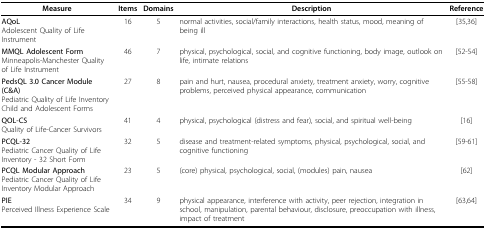
<table><thead><tr><td><b>Measure</b></td><td><b>Items</b></td><td><b>Domains</b></td><td><b>Description</b></td><td><b>Reference</b></td></tr></thead><tbody><tr><td><b>AQoL</b>Adolescent Quality of Life Instrument</td><td>16</td><td>5</td><td>normal activities, social/family interactions, health status, mood, meaning of being ill</td><td>[35,36]</td></tr><tr><td><b>MMQL Adolescent Form</b>Minneapolis-Manchester Quality of Life Instrument</td><td>46</td><td>7</td><td>physical, psychological, social, and cognitive functioning, body image, outlook on life, intimate relations</td><td>[52-54]</td></tr><tr><td><b>PedsQL 3.0 Cancer Module (C&amp;A) </b>Pediatric Quality of Life Inventory Child and Adolescent Forms</td><td>27</td><td>8</td><td>pain and hurt, nausea, procedural anxiety, treatment anxiety, worry, cognitive problems, perceived physical appearance, communication</td><td>[55-58]</td></tr><tr><td><b>QOL-CS</b>Quality of Life-Cancer Survivors</td><td>41</td><td>4</td><td>physical, psychological (distress and fear), social, and spiritual well-being</td><td>[16]</td></tr><tr><td><b>PCQL-32</b>Pediatric Cancer Quality of Life Inventory - 32 Short Form</td><td>32</td><td>5</td><td>disease and treatment-related symptoms, physical, psychological, social, and cognitive functioning</td><td>[59-61]</td></tr><tr><td><b>PCQL Modular Approach </b>Pediatric Cancer Quality of Life Inventory Modular Approach</td><td>23</td><td>5</td><td>(core) physical, psychological, social, (modules) pain, nausea</td><td>[62]</td></tr><tr><td><b>PIE</b>Perceived Illness Experience Scale</td><td>34</td><td>9</td><td>physical appearance, interference with activity, peer rejection, integration in school, manipulation, parental behaviour, disclosure, preoccupation with illness, impact of treatment</td><td>[63,64]</td></tr></tbody></table>